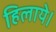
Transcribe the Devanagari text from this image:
हिलाये।